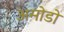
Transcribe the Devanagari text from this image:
अमोडो